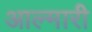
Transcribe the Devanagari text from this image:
आल्मारी